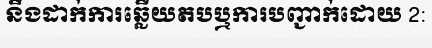
នឹងដាក់ការឆ្លើយតបឬការបញ្ជាក់ដោយ 2: